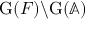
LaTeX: \mathrm { G } ( F ) \backslash \mathrm { G } ( \mathbb { A } )